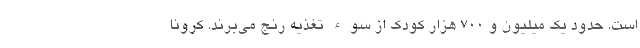
است. حدود یک میلیون و ۷۰۰ هزار کودک از سوء تغذیه رنج می‌برند. کرونا